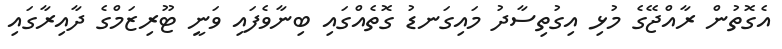
އެގޮތުން ރާއްޖޭގެ މުޅި އިގުތިސާދު މައިގަނޑު ގޮތެއްގައި ބިނާވެފައި ވަނީ ޓޫރިޒަމްގެ ދާއިރާގައި